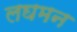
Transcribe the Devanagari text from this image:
लघमन